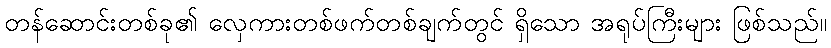
တန်ဆောင်းတစ်ခု၏ လှေကားတစ်ဖက်တစ်ချက်တွင် ရှိသော အရုပ်ကြီးများ ဖြစ်သည်။